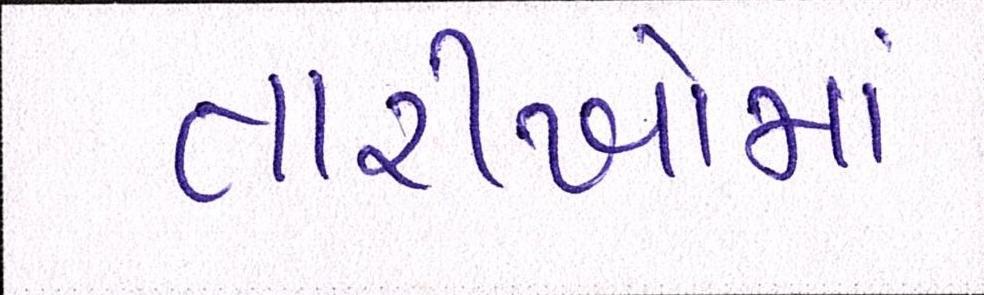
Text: તારીખોમાં